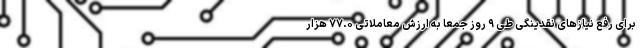
برای رفع نیازهای نقدینگی طی ۹ روز جمعاً به ارزش معاملاتی ۷۷.۰ هزار